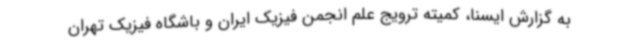
به گزارش ایسنا، کمیته ترویج علم انجمن فیزیک ایران و باشگاه فیزیک تهران